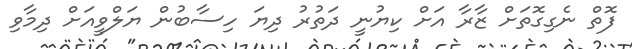
ފޮތް ނެގިގޮތަށް ޒާރާ އަށް ކިޔުނީ ދަތުރު ދިޔަ ހިސާބުން ޔަލްވީއަށް ދިމާވި